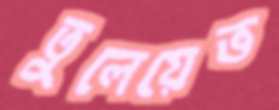
তুলেয়েভ